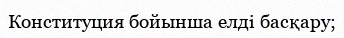
Конституция бойынша елді басқару;